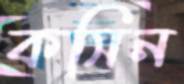
কসিন